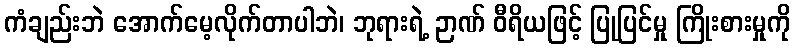
ကံချည်းဘဲ အောက်မေ့လိုက်တာပါဘဲ၊ ဘုရားရဲ့ ဉာဏ် ဝီရိယဖြင့် ပြုပြင်မှု ကြိုးစားမှုကို